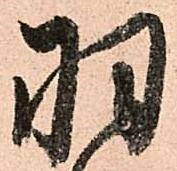
羽